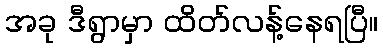
အခု ဒီရွာမှာ ထိတ်လန့်နေရပြီ။